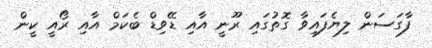
ފާގަސަން ލިޔެފައިވާ ގޮތުގައި ރޫނީ އާއި ޑޭވިޑް ބެކަމް އާއި ރޯއީ ކީން